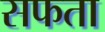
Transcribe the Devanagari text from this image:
सफता